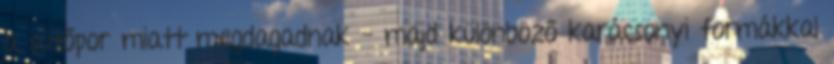
a sütőpor miatt megdagadnak - majd különböző karácsonyi formákkal